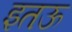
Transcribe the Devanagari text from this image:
इतऊ